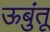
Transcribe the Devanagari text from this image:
ऊबुंतू